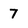
Character: 7